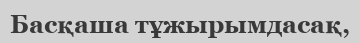
Басқаша тұжырымдасақ,